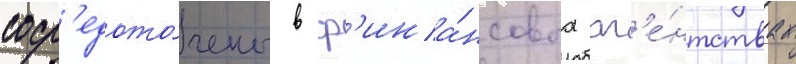
соср'едото́чены в ф'ина́нсовых аг'е́нтствах